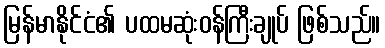
မြန်မာနိုင်ငံ၏ ပထမဆုံးဝန်ကြီးချုပ် ဖြစ်သည်။